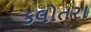
કલોતરા